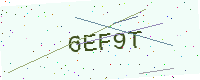
Text: 6EF9T